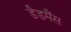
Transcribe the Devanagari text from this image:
डैडमैंस